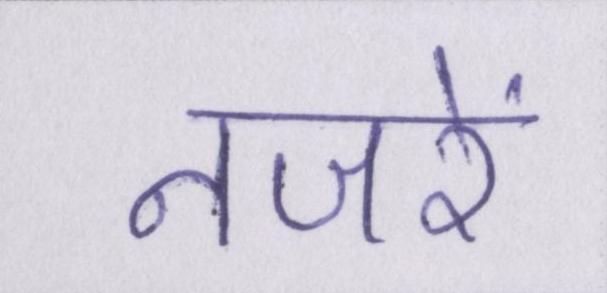
नजरें